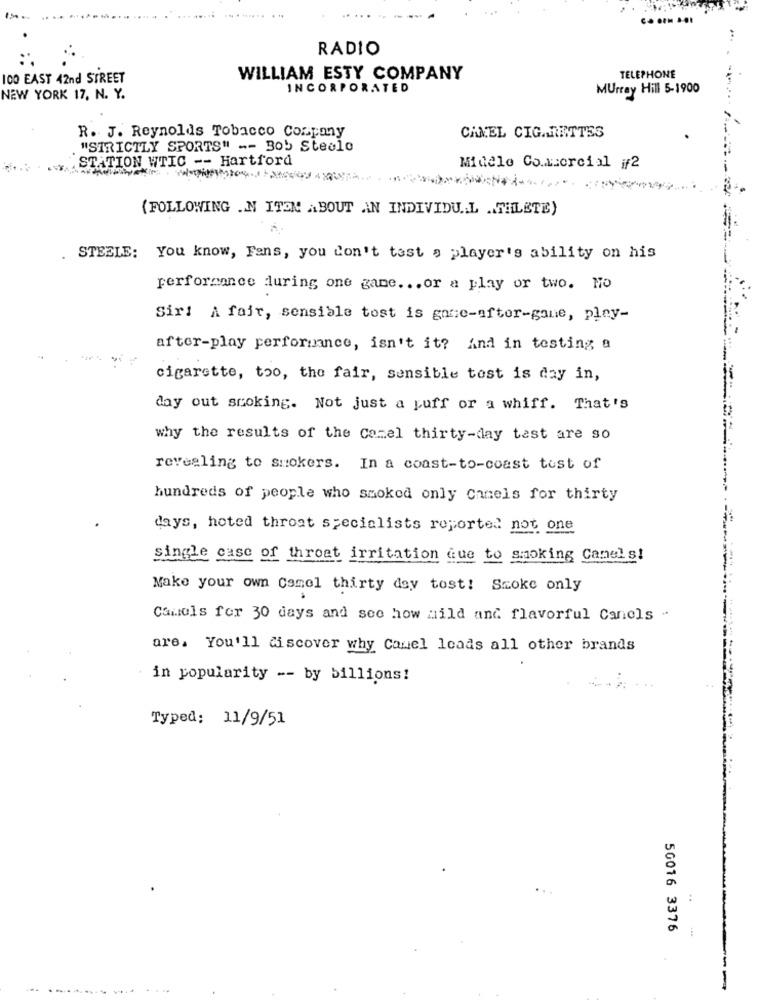
RADIO
100 EAST 42nd STREET
WILLIAM ESTY COMPANY
TELEPHONE
INCORPORATED
MUrray Hill 5-1900
NEW YORK 17, N. Y.
R. J. Reynolds Tobacco Company
CANEL CIGARETTES
"STRICTLY SPORTS" -- Bob Steele
STATION WTIC -- Hartford
Midele Co.szorcial if2
( FOLLOWING .. N ITON ABOUT AN INDIVIDU .. L .ATHLETE)
. STEELE: You know, Fans, you don't test a player's ability on his
performance during one game ... or a play or two. No
Siri A fair, sensible tost is gaue-after-gane, pley-
after-play performance, isn't it? And in testing a
---
-
cigarette, too, the fair, sensible test is day in,
day out smoking. Not just a puff or a whiff. That's
why the results of the Camel thirty-day test are so
revealing to smokers. In a coast-to-coast test of
hundreds of people who smoked only Camels for thirty
days, hoted throat specialists reported not one
single casc of throat irritation que to smoking Camels!
Make your own Camel thirty dey tost! Smoke only
Camels for 30 days and see how mild and flavorful Canels -
are. You'll discover why Canel loads all other brands
in popularity -- by billions!
Typed: 11/9/51
50016 3376
...